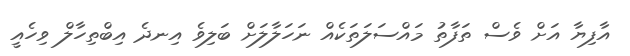
އާފިޔާ އަށް ވެސް ތަފާތު މައްސަލަތަކެއް ނަހަލާލަށް ބަލިވެ އިނދެ އިބްތިހާލް ވިހެއީ